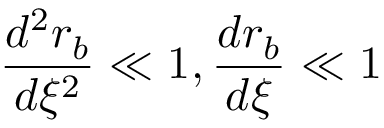
\frac { d ^ { 2 } r _ { b } } { d \xi ^ { 2 } } \ll 1 , \frac { d r _ { b } } { d \xi } \ll 1